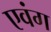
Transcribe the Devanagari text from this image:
एवंग